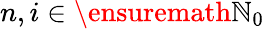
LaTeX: n,i\in\ensuremath{\mathbb{N}}_{0}